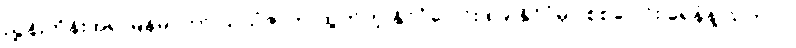
ညွှန်းကိန်းအရ မြန်မာဟာ သယံဇာတ ထွက်တဲ့ နိုင်ငံပေါင်း ၈၉ နိုင်ငံမှာ စုစုပေါင်း ရေနံနဲ့ သဘာဝ